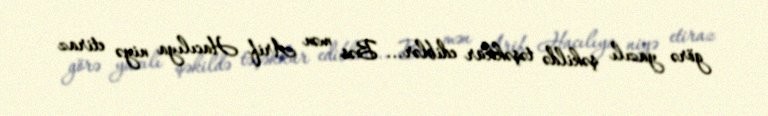
görə yazılı şəkildə təşəkkür ediblər... Bəs mən Arif Hacılıya niyə etiraz